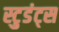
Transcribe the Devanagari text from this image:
स्टुडंट्‍स